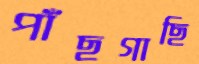
পাঁছগাছি